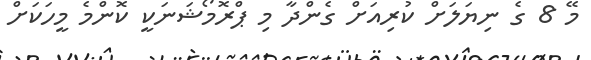
މޭ 8 ގެ ނިޔަލަށް ކުރިއަށް ގެންދާ މި ޕްރޮމޯޝަނަކީ ކޮންމެ މީހަކަށް